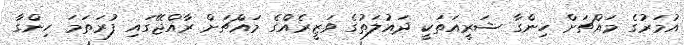
އުމަރުގެ މައްޗަށް ހިންގާ ޝަރީއަތަކީ ދައުލަތުގެ ވަޒީރެއްގެ މައްޗަށް ރާއްޖޭގައި ފުރަތަމަ ހިންގާ